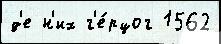
д'е н'их г'е́рцог 1562